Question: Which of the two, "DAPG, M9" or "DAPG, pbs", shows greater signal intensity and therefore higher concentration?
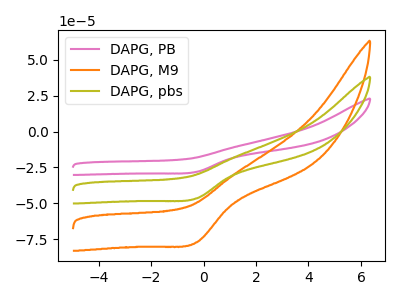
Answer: <think>The pink curve "DAPG, PB" has a cathodic peak at: (-0.25V, -93.05uA). The orange curve "DAPG, M9" has a cathodic peak at: (-0.25V, -77.15uA). The olive curve "DAPG, pbs" has a cathodic peak at: (-0.25V, -46.55uA).
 All the peaks in "DAPG, M9" have a peak in "DAPG, pbs" at the same potential. Every peak in "DAPG, M9" is higher than every peak in "DAPG, pbs".</think>
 <answer>"DAPG, M9" has more signal than "DAPG, pbs" and so likely has a higher concentration.</answer>
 <eval>more_concentration</eval>